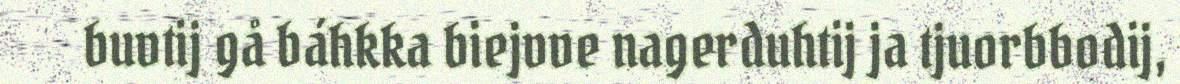
buvtij gå báhkka biejvve nagerduhtij ja tjuorbbodij,